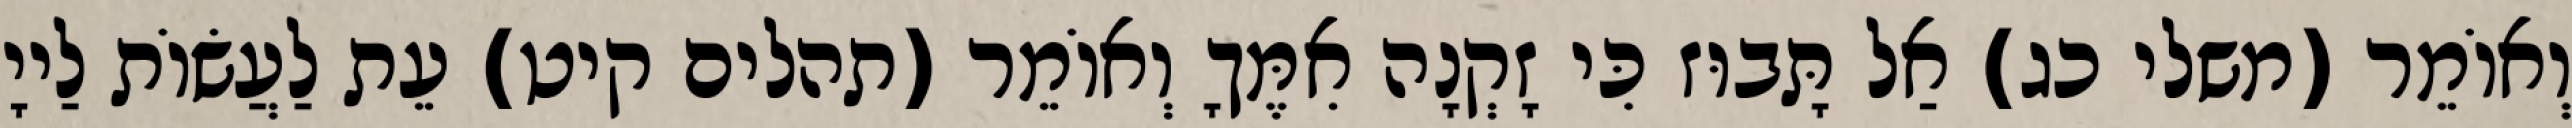
וְאוֹמֵר (משלי כג) אַל תָּבוּז כִּי זָקְנָה אִמֶּךָ וְאוֹמֵר (תהלים קיט) עֵת לַעֲשׂוֹת לַייָ